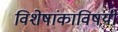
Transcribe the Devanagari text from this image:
विशेषांकाविषयी